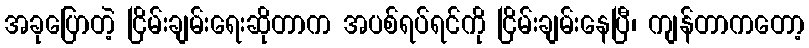
အခုပြောတဲ့ ငြိမ်းချမ်းရေးဆိုတာက အပစ်ရပ်ရင်ကို ငြိမ်းချမ်းနေပြီ၊ ကျန်တာကတော့